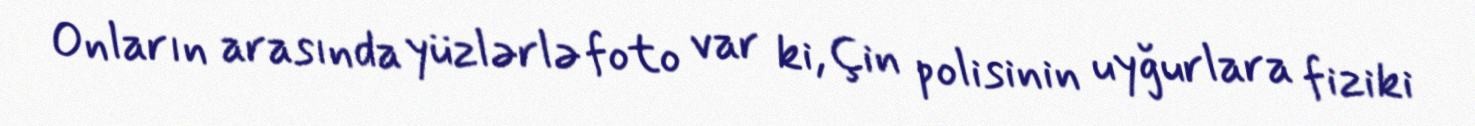
Onların arasında yüzlərlə foto var ki, Çin polisinin uyğurlara fiziki